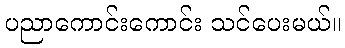
ပညာကောင်းကောင်း သင်ပေးမယ်။